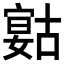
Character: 𡪻